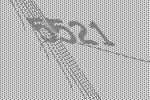
5521